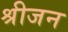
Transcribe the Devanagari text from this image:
श्रीजन